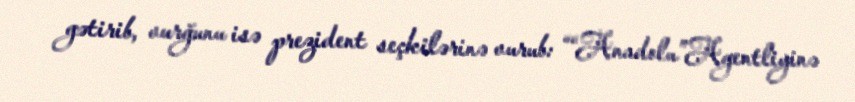
gətirib, vurğunu isə prezident seçkilərinə vurub: ““Anadolu”Agentliyinə